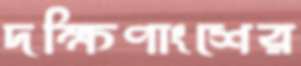
দক্ষিণাংশের